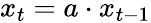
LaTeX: x_{t}=a\cdot x_{t-1}